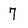
Character: 7